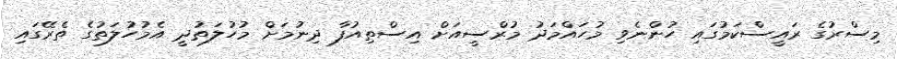
މިސްރުގެ ރައީސްކަމުގައި ހުންނެވި މުހައްމަދު މުރްސީއަށް އިސްތިއުފާ ދިނުމަށް މުހުލަތުދީ އެމުހުލަތުގެ ތެރޭގައި